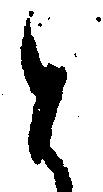
と